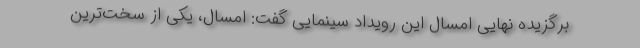
برگزیده نهایی امسال این رویداد سینمایی گفت: امسال، یکی از سخت‌ترین